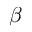
\beta